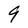
Character: 9